Indian journal of veterinary science and animal husbandry - Volume 11,
Year: 1941
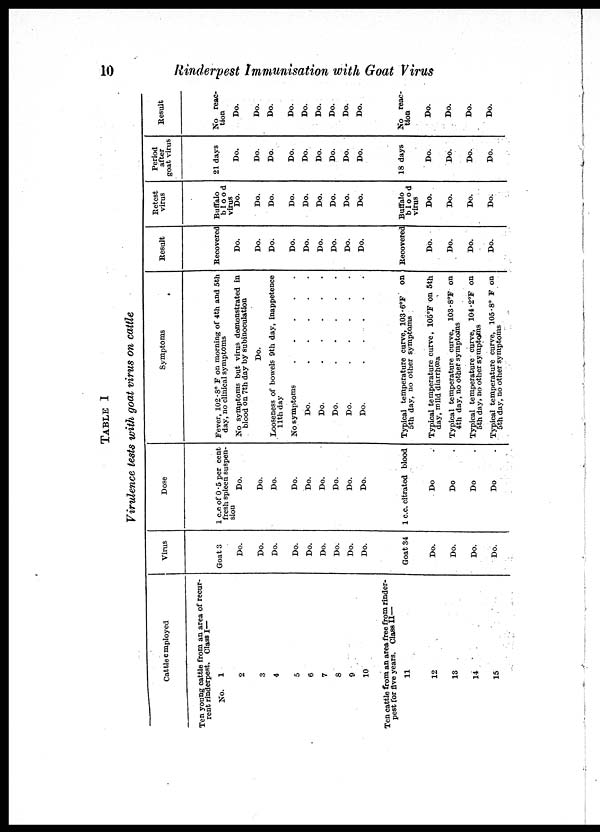
10
Rinderpest Immunisation with Goat Virus
TABLE I
Virulence tests with goat virus on cattle
Cattle employed
Ten young cattle from an area of recur-
rent rinderpest. Class I—
No.
1
2
3
4
5
6
7
8
9
10
Ten cattle from an area free from rinder-
pest for five years. Class II—
11
12
13
14
15
Virus
Goat 3
Do.
Do.
Do.
Do.
Do.
Do.
Do.
Do.
Do.
Goat 34
Do.
Do.
Do.
Do.
Dose
1 c.c. of 0.5 per cent
fresh spleen suspen-
sion
Do.
Do.
Do.
Do.
Do.
Do.
Do.
Do.
Do.
1 c.c. citrated blood
Do .
Do .
Do .
Do .
Symptoms
Fever, 102.8° F on morning of 4th and 5th
day, no clinical symptoms
No symptoms but virus demonstrated in
blood on 7th day by subinoculation
Do.
Looseness of bowels 9th day, inappetence
11th day
No symptoms
.
.
.
.
.
Do.
.
.
.
.
.
Do.
.
.
.
.
.
Do.
.
.
.
.
.
Do.
.
.
.
.
.
Do.
.
.
.
.
.
Typical temperature curve, 103.6°F
on
5th day, no other symptoms
Typical temperature curve, 105°F on 5th
day, mild diarrhœa
Typical temperature curve, 103.8°F on
4th day, no other symptoms
Typical temperature curve, 104.2°F on
5th day, no other symptoms
Typical temperature curve, 105.8° F on
5th day, no other symptoms
Result
Recovered
Do.
Do.
Do.
Do.
Do.
Do.
Do.
Do.
Do.
Recovered
Do.
Do.
Do.
Do.
Retest
virus
Buffalo
blood
virus
Do.
Do.
Do.
Do.
Do.
Do.
Do.
Do.
Do.
Buffalo
blood
virus
Do.
Do.
Do.
Do.
Period
after
goat virus
21 days
Do.
Do.
Do.
Do.
Do.
Do.
Do.
Do.
Do.
18 days
Do.
Do.
Do.
Do.
Result
No reac-
tion
Do.
Do.
Do.
Do.
Do.
Do.
Do.
Do.
Do.
No reac-
tion
Do.
Do.
Do.
Do.